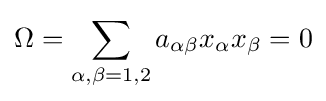
\Omega =\sum _{\alpha ,\beta =1,2}a_{\alpha \beta }x_{\alpha }x_{\beta }=0